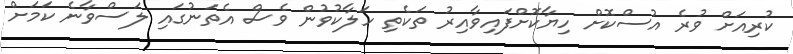
ކުރިއަށް ވުރެ އުސްކޮށް ހިޔާކޮށްފައިވާއިރު ތަކެތި ހަލާކުވުން ވެސް އެތަނުގައި ލަސްވާނެ ކަމަށް